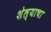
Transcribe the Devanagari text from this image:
शेल्याचा